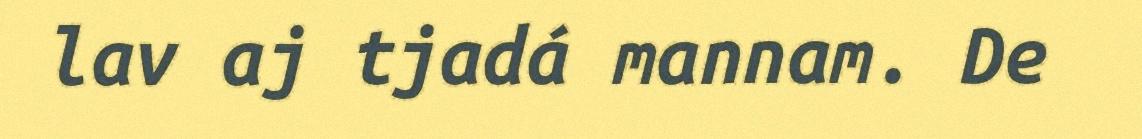
lav aj tjadá mannam. De